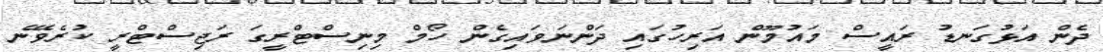
ދެން އަޅުގަނޑު ރައީސް މައުމޫން އަރިހުގައި ދަންނަވައިގެން ހޯމް މިނިސްޓްރީގަ ރަޖިސްޓްރީ ކުރެވޭނެ